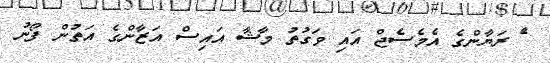
ެަ ރަޔާންގެ އެމެސެޖް އައި ވަގުތު މާޝާ އައިސް އަޒާންގެ އަތުން ފޯނު